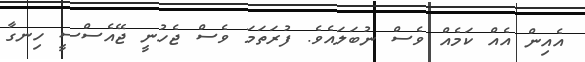
އެއިން އެއް ކަމެއް ވެސް ނުބަލައެވެ. ފުރަތަމަ ވެސް ޖެހުނީ ޖޭއެސްސީ ހިނގާ